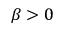
\beta > 0